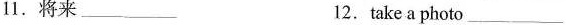
11.将来___ 12.take a photo ___